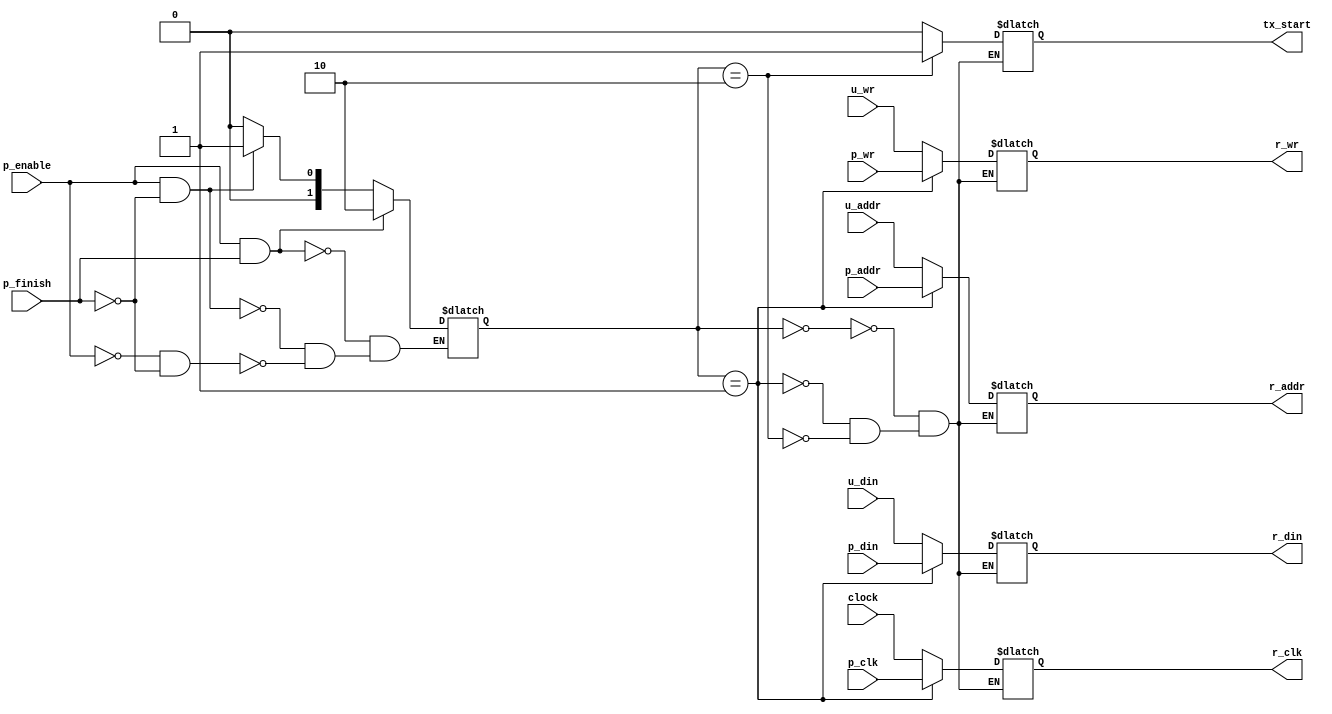
module Selection(p_enable, p_finish, clock, p_clk, u_wr, p_wr, u_addr, p_addr, u_din, p_din, tx_start, r_clk, r_wr, r_addr, r_din); 
 input 					clock, p_clk, u_wr, p_wr, p_enable, p_finish; 
 input 		[15:0]	u_addr,p_addr; 
 input 		[7:0] 	u_din,p_din; 
 output reg 			tx_start=0; 
 output reg 			r_clk,r_wr; 
 output reg [15:0] 	r_addr; 
 output reg [7:0] 	r_din; 
   
 
 reg [1:0] PS=2'b11; 
  
 always@(*) begin 
  if(~p_enable&& ~p_finish) PS<=2'b00;//receiving data 
  if(p_enable&& ~p_finish) PS<=2'b01;//processing data 
  if(p_enable&&p_finish) PS<=2'b10;//transmitting data 
 end 
 always@(*) 
  case(PS) 
   2'b00:begin 
     tx_start<=0; 
     r_clk<=clock; 
     r_wr<=u_wr; 
     r_addr<=u_addr; 
     r_din<=u_din; 
      
    end 
   2'b01:begin 
     tx_start<=0; 
     r_clk<=p_clk; 
     r_wr<=p_wr; 
     r_addr<=p_addr; 
     r_din<=p_din; 
	  end 
   2'b10:begin 
     tx_start<=1; 
     r_clk<=clock; 
     r_wr<=u_wr; 
     r_addr<=u_addr; 
     r_din<=u_din; 
      
    end 
     
  endcase 
 
endmodule